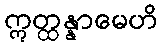
ဣတ္ထန္နာမေဟိ